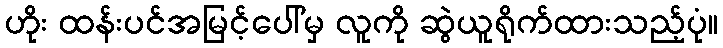
ဟိုး ထန်းပင်အမြင့်ပေါ်မှ လူကို ဆွဲယူရိုက်ထားသည့်ပုံ။